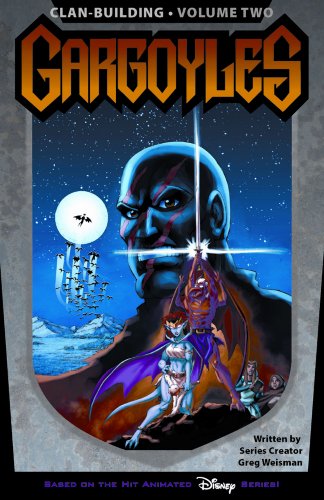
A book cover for Gargoyles: Clan Building Volume 2; Greg Weisman; Comics & Graphic Novels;